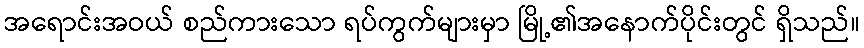
အရောင်းအဝယ် စည်ကားသော ရပ်ကွက်များမှာ မြို့၏အနောက်ပိုင်းတွင် ရှိသည်။